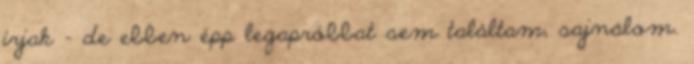
írjak - de ebben épp legapróbbat sem találtam, sajnálom.